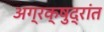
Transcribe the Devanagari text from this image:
अग्रक्षुद्रांत